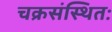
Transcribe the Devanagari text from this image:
चक्रसंस्थितः